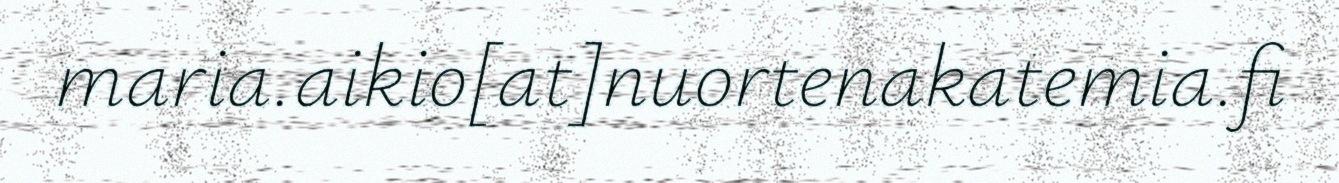
maria.aikio[at]nuortenakatemia.fi